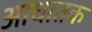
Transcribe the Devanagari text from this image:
आघातक